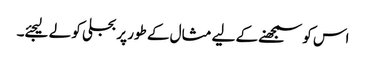
اس کو سمجھنے کے لیے مثال کے طور پر بجلی کو لے لیجئے۔